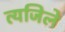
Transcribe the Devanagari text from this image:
त्यजिले